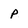
Character: P